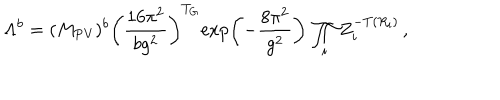
\Lambda ^ { b } = ( M _ { \mathrm { P V } } ) ^ { b } \left( \frac { 1 6 \pi ^ { 2 } } { b g ^ { 2 } } \right) ^ { T _ { G } } \! \exp \left( - \frac { 8 \pi ^ { 2 } } { g ^ { 2 } } \right) \, \prod _ { i } Z _ { i } ^ { - T ( R _ { i } ) } \, ,